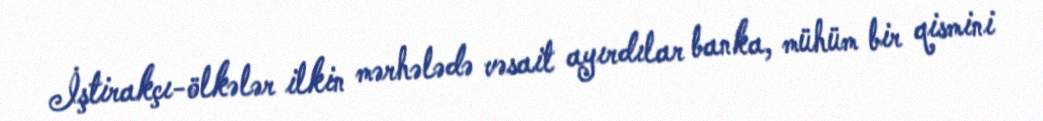
İştirakçı-ölkələr ilkin mərhələdə vəsait ayırdılar banka, mühüm bir qismini